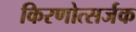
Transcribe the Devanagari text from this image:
किरणोत्सर्जक